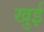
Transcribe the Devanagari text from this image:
खुई